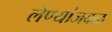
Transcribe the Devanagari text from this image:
लेण्यांजवळ